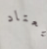
يعتاد